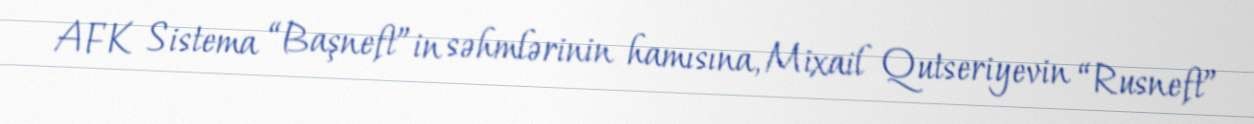
AFK Sistema “Başneft”in səhmlərinin hamısına, Mixail Qutseriyevin “Rusneft”